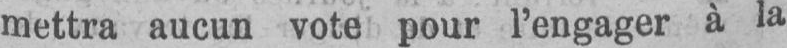
mettra aucun vote pour l’engager à la